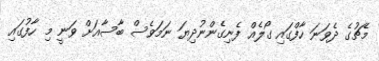
މެޗުގެ ދެވަނަ ހާފްގައި ގޯލެއް ފެނިގެންނުދިޔަ ނަމަވެސް ބާސާއަށް ވަނީ މި ހާފުގައި